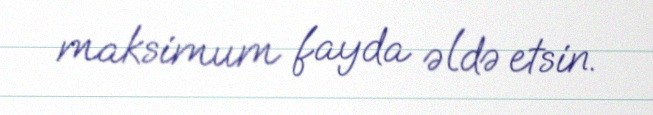
maksimum fayda əldə etsin.